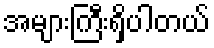
အများကြီးရှိပါတယ်